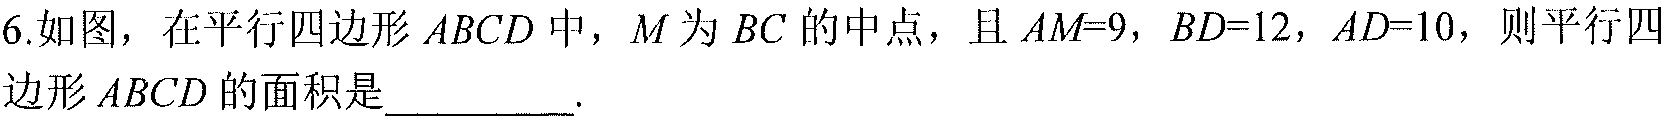
6.如图，在平行四边形 \(ABCD\) 中，\(M\) 为 \(BC\) 的中点，且 \(AM = 9\)，\(BD = 12\)，\(AD = 10\)，则平行四边形 \(ABCD\) 的面积是__________.